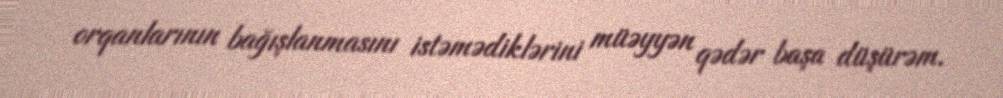
orqanlarının bağışlanmasını istəmədiklərini müəyyən qədər başa düşürəm.